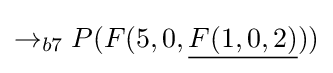
\rightarrow _{b7}P(F(5,0,{\underline {F(1,0,2)}}))